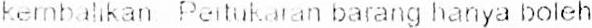
KEMBAHKAN PERTUKARAN BARANG HANYA BOLEH